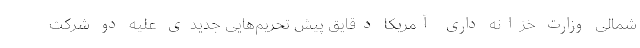
شمالی وزارت خزانه داری آمریکا دقایق پیش تحریم‌هایی جدیدی علیه دو شرکت